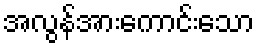
အလွန်အားကောင်းသော